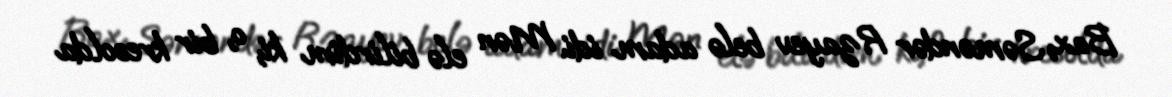
Bax, Səməndər Rzayev belə adam idi. Mən elə bilirdim ki, o, bir kresolda